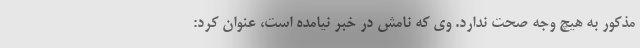
مذکور به هیچ وجه صحت ندارد. وی که نامش در خبر نیامده است، عنوان کرد: